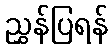
ညွှန်ပြရန်